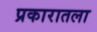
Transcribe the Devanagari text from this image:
प्रकारातला